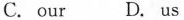
C. our D. us